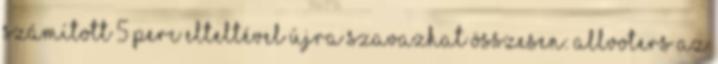
számított 5 perc elteltével újra szavazhat Összesen: allVoters Az